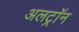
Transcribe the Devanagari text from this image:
अलट्राॅन